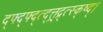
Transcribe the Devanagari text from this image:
द्फ्द्फ्द्त्द्त्त्र्द्र्त्स्क्ष्द्।